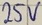
Text: 25V